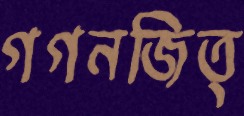
গগনজিত্